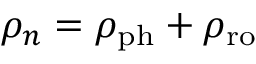
\rho _ { n } = \rho _ { \mathrm { p h } } + \rho _ { \mathrm { r o } }